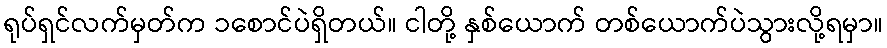
ရုပ်ရှင်လက်မှတ်က ၁စောင်ပဲရှိတယ်။ ငါတို့ နှစ်ယောက် တစ်ယောက်ပဲသွားလို့ရမှာ။